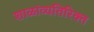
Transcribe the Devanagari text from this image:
शाळांव्यतिरिक्त